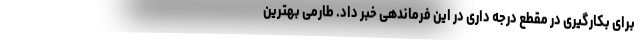
برای بکارگیری در مقطع درجه داری در این فرماندهی خبر داد. طارمی بهترین